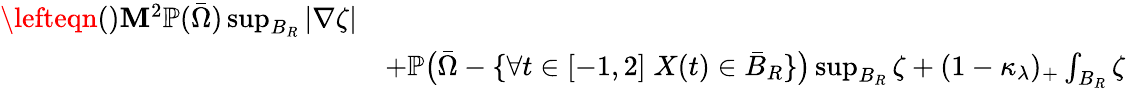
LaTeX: \begin{array}{rl}{\lefteqn{\mathrm{()}\le M^{2}\mathbb{P}(\bar{\Omega})\operatorname*{sup}_{B_{R}}|\nabla\zeta|}}\\ &{+\mathbb{P}\big(\bar{\Omega}-\{ \forall t\in[-1,2]\; X(t)\in\bar{B}_{R}\} \big)\operatorname*{sup}_{B_{R}}\zeta+(1-\kappa_{\lambda})_{+}\int_{B_{R}}\zeta}\end{array}